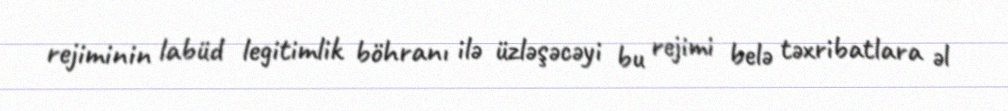
rejiminin labüd legitimlik böhranı ilə üzləşəcəyi bu rejimi belə təxribatlara əl